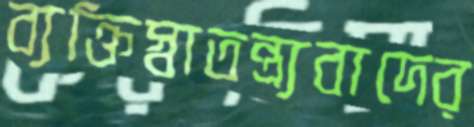
ব্যক্তিস্বাতন্ত্র্যবাদের